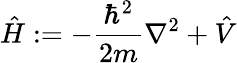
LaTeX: {\hat{H}}:=-{\frac{\hbar^{2}}{2m}}\nabla^{2}+{\hat{V}}